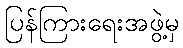
ပြန်ကြားရေးအဖွဲ့မှ